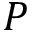
P